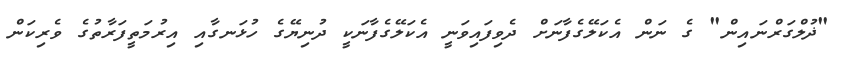
"ޛުލްގަރްނައިން" ގެ ނަން އެކަލޭގެފާނަށް ދެވިފައިވަނީ އެކަލޭގެފާނަކީ ދުނިޔޭގެ ހުޅަނގާއި އިރުމަތީފަރާތުގެ ވެރިކަން